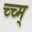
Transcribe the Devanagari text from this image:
च्च्म्